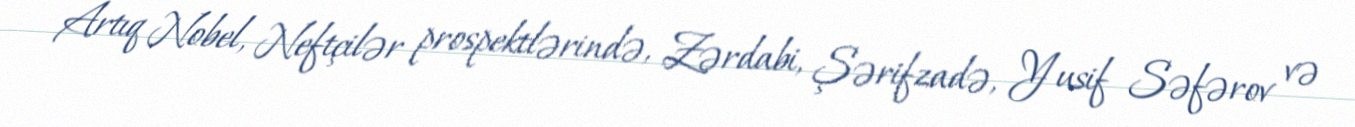
Artıq Nobel, Neftçilər prospektlərində, Zərdabi, Şərifzadə, Yusif Səfərov və